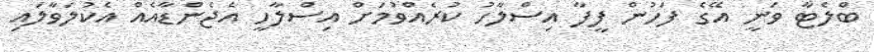
ބްލެޓާ ވަނީ އޭގެ ފަހުން ފީފާ އިސްލާހު ކުރެއްވުމަށް އިސްލާހީ އެޖެންޑާއެއް އެކުލަވާލައި